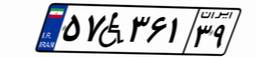
۵۷W۳۶۱۳۹